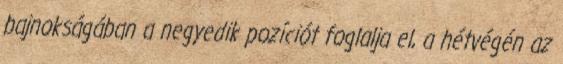
bajnokságában a negyedik pozíciót foglalja el, a hétvégén az